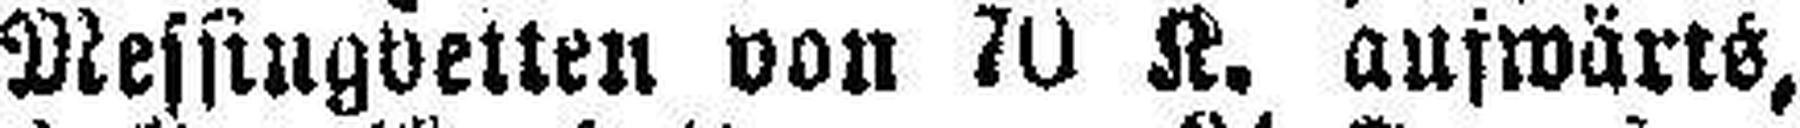
Messingbetten von 70 K. aufwärts,